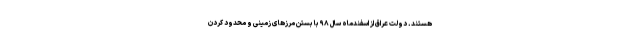
هستند. دولت عراق از اسفندماه سال ۹۸ با بستن مرزهای زمینی و محدود کردن